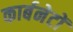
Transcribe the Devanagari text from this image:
कार्बनेटों